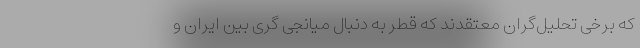
که برخی تحلیل‌گران معتقدند که قطر به دنبال میانجی گری بین ایران و